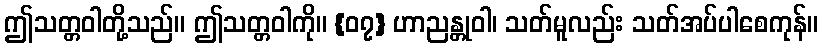
ဤသတ္တဝါတို့သည်။ ဤသတ္တဝါကို။ {၀၇} ဟာညန္တုဝါ၊ သတ်မူလည်း သတ်အပ်ပါစေကုန်။